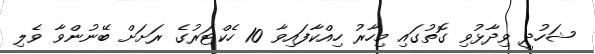
ޝަހުދީ ވިދާޅުވި ގޮތުގައި މިހާރު ހިއްކާފައިވާ 10 ހެކްޓަރުގެ ރަށަށް ބޭނުންވާ ވެލި